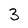
Character: 3